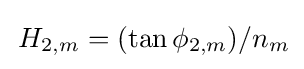
\,H_{2,m}=(\tan \phi _{2,m})/n_{m}